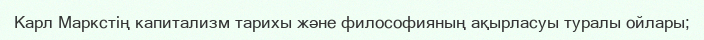
Карл Маркстің капитализм тарихы және философияның ақырласуы туралы ойлары;